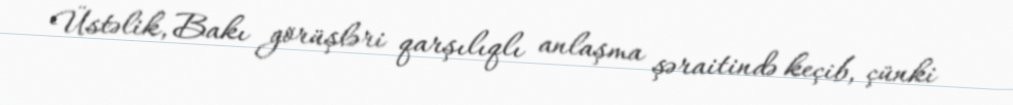
Üstəlik, Bakı görüşləri qarşılıqlı anlaşma şəraitində keçib, çünki